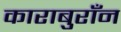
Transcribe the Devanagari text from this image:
काराबुराँन